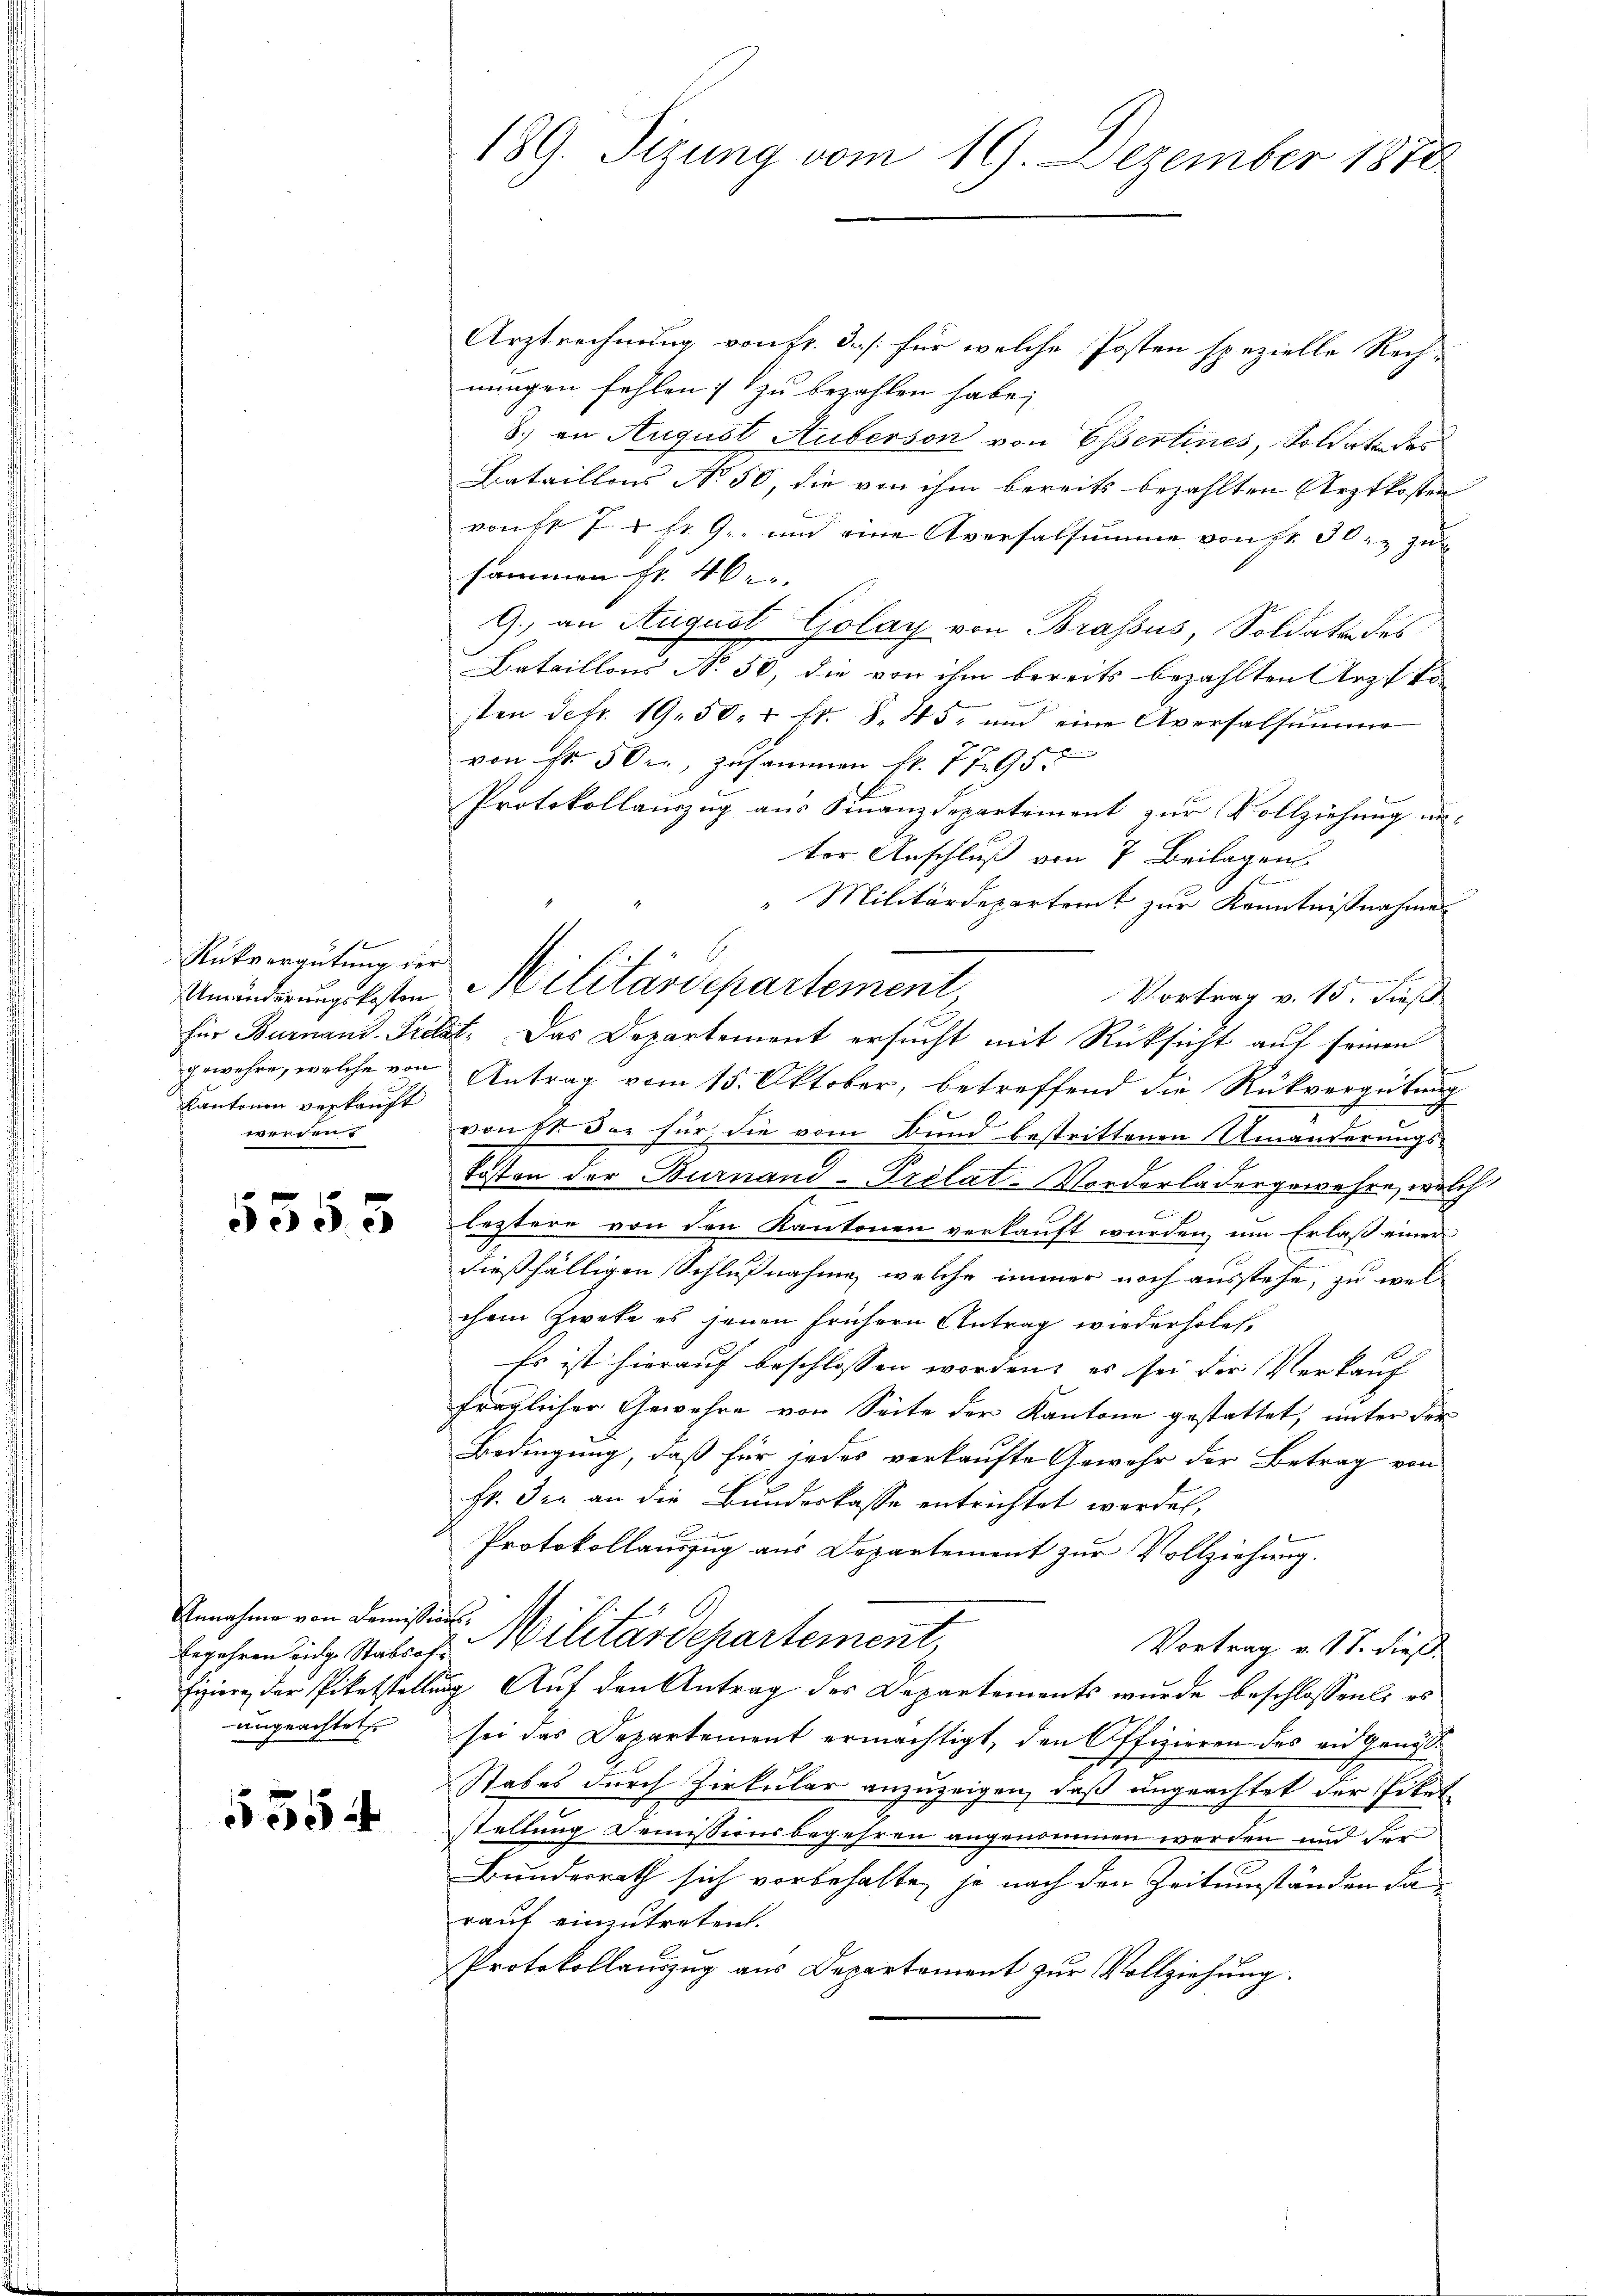
1
Rükvergütung der
Cantonen verkauft
en

5555

Ergähren eidge Stabsof
ungeachtete

5554

Arztrechnung von fr. 3. /: für welche Posten spezielle Rech-
nungen fehlen; zu bezahlen habe;
8.) an August Auberson von Essertines, Soldate des
Bataillons No 50, die von ihm bereits bezahlten Arztkosten
vonst 7. d. fr. 9. und eine Aversalsumme von Fr. 302 zu
sammen Fr. 46. |
G. an August Golay von Brassus, Soldate des
Bataillons No. 50, die von ihm bereits bezahlten Arzt ko
sten defr. 19. 50.  Fr. S. 45, und eine Aversalsumme
von Fr. 50, zusammen fr. 7795.
B
Protokollauszug aus Finanzdepartement zur Vollziehung un-
ter Anschluß von 7 Beilagen
"Militärdepartamt zur Kenntnißnahme
s
Vortrag v. 15. dieß
für Burnaud, Pritat. Das Departement ersucht mit Rücksicht auf seinen
gewehre, welche von Antrag vom 15. Oktober, betreffend die Rückvergütung
vonst der für die vom Bund bestrittenen Umänderungs¬
Posten der Burnand -Prolat. Vorderledergewesen, welch
leztere von den Kantonen verkauft wurden, um Erlaß einer
dießfälligen Schlußnahme, welche immer noch ausstehe, zu welchem Zwecke es jenen frühern Antrag wiederholet.
Es ist hierauf beschlossen worden, es sei der Verkauf
fraglicher Gewehre von Seite der Kantone gestattet, unter der
Bedingung, daß für jedes verkaufte Gewehr der Betrag von
fr. der an die Bundeskasse entrichtet werden,
Protokollauszug aus Departement zur Vollziehung.
Annahme von dimistin Militärdepartement,
Vortrag v. 17. dieß.
fiziere der Piketstellung Auf den Antrag des Departements wurde beschlossenti es
sei das Departement ermächtigt, den Offizieren des ein Genos¬
Stabes durch Zirkular anzuzeigen, daß ungeachtet der Titel
stellung Demissionsbegehren angenommen werden und der
Bundesrath sich vorbehalte, ja nach den Zeitumständen darauf einzutreten.
Protokollanzug aus Departement zŭr Vollziehung.

189. Sizung vom 19. Dezember 1870

Umänderungskosten Militärdepartement